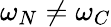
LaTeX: \omega_{N}\neq\omega_{C}